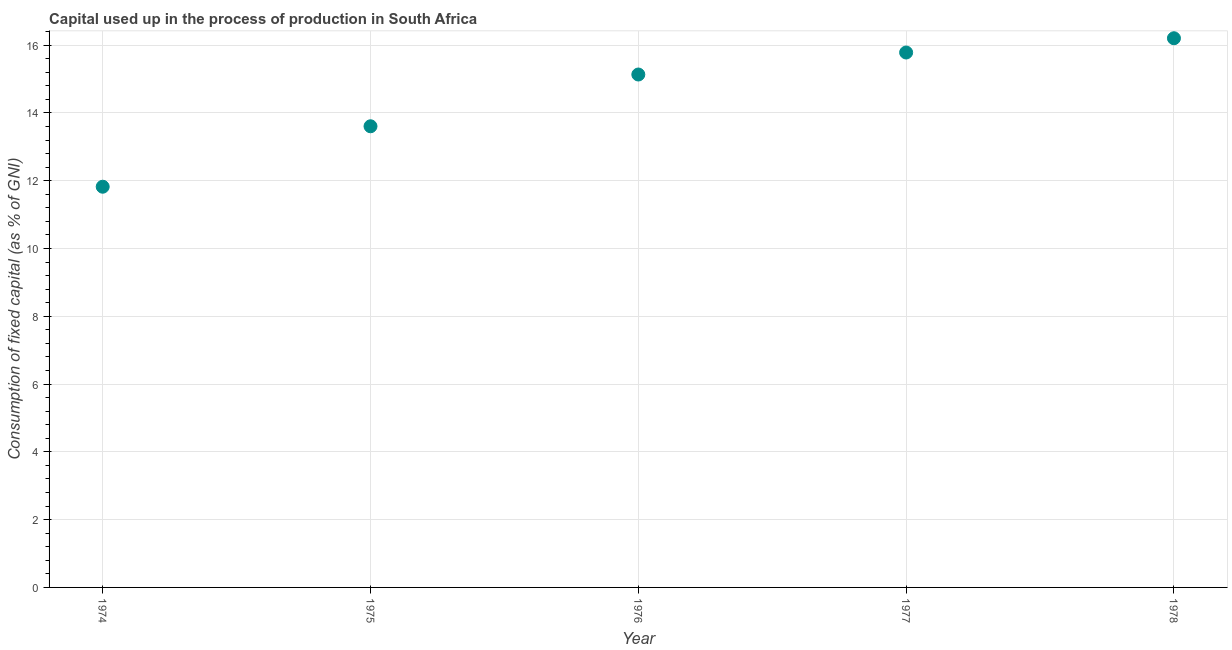
| Year | Consumption of fixed capital |
 | --- | --- |
 | 1974 | 11.8 |
 | 1975 | 13.6 |
 | 1976 | 15.1 |
 | 1977 | 15.8 |
 | 1978 | 16.2 |